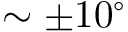
\sim \pm 1 0 ^ { \circ }